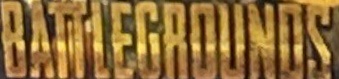
BATTLEGROUNDS